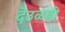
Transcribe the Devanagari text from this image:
देउळही